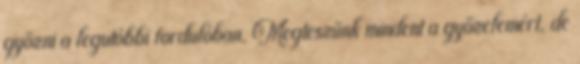
győzni a legutóbbi fordulóban. Megteszünk mindent a győzelemért, de